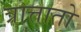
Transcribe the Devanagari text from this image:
त्रात्तातो